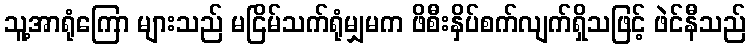
သူ့အာရုံကြော များသည် မငြိမ်သက်ရုံမျှမက ဖိစီးနှိပ်စက်လျက်ရှိသဖြင့် ဖဲင်နီသည်